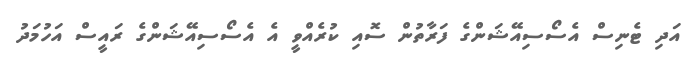
އަދި ޓެނިސް އެސޯސިއޭޝަންގެ ފަރާތުން ސޮއި ކުރެއްވީ އެ އެސޯސިއޭޝަންގެ ރައީސް އަހުމަދު